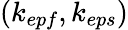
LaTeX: (k_{epf},k_{eps})